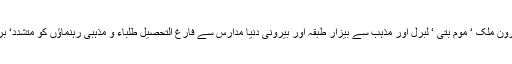
یہی وہ سوچ اور تربیت ہے جس کی بدولت اندرون ملک ‘ موم بتی ‘ لبرل اور مذہب سے بیزار طبقہ اور بیرونی دنیا مدارس سے فارغ التحصیل طلباء و مذہبی رہنماؤں کو متشدد‘ برداشت سے عاری اور شدت پسند سمجھتی ہے۔